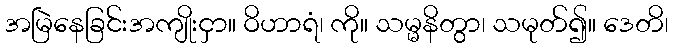
အမြဲနေခြင်းအကျိုးငှာ။ ဝိဟာရံ၊ ကို။ သမ္မနိတွာ၊ သမုတ်၍။ ဒေတိ၊